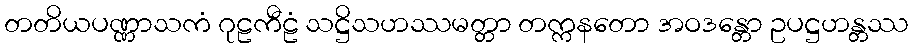
တတိယပဏ္ဏာသကံ ဂုဠကီဠံ သဋ္ဌိသဟဿမတ္တာ တက္ကနတော အဝဒန္တော ဥပဋ္ဌဟန္တဿ